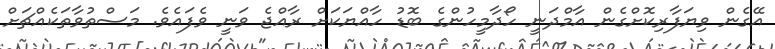
އޭގެން ވިޔަފާރިކޮށްގެން އާމްދަނީ ހޯދާމީހުންގެ ބޮޑު ހާއްޔަކަށް ރާއްޖެ ވަނީ ވެފައެވެ. މަސްތުވާތަކެއްޗަށް